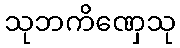
သုဘကိဏှေသု